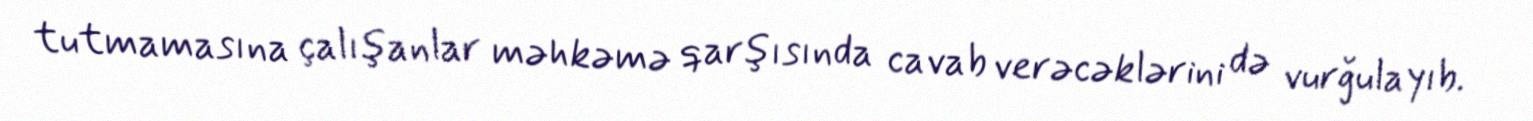
tutmamasına çalışanlar məhkəmə qarşısında cavab verəcəklərini də vurğulayıb.